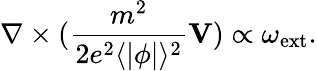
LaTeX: {\mathbf\nabla}\times(\frac{m^{2}}{2e^{2}\langle|\phi|\rangle^{2}}{\mathbf V})\propto{\mathbf\omega}_{\mathrm{ext}}.